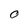
Character: 0